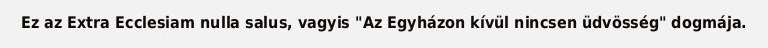
Ez az Extra Ecclesiam nulla salus, vagyis "Az Egyházon kívül nincsen üdvösség" dogmája.